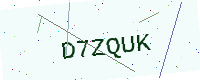
Text: D7ZQUK